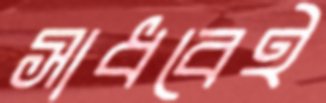
সাধবেই